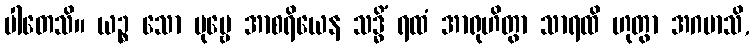
ပါတေသိ။ ယဉ္စ သော ပုဗ္ဗေ အာစရိယေန သဒ္ဓိံ ရထံ အာရုဟိတွာ သာရထိ ဟုတွာ အဂမာသိ,